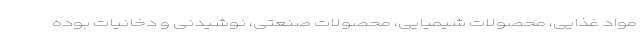
مواد غذایی، محصولات شیمیایی، محصولات صنعتی، نوشیدنی و دخانیات بوده